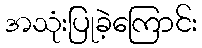
အသုံးပြုခဲ့ကြောင်း